Source: Handwritten
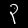
Digit: ၃ (3)